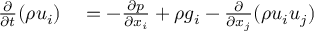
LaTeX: \begin{array} { r l } { { \frac { \partial } { \partial t } } ( \rho u _ { i } ) } & { { } = - { \frac { \partial p } { \partial x _ { i } } } + \rho g _ { i } - { \frac { \partial } { \partial x _ { j } } } ( \rho u _ { i } u _ { j } ) } \end{array}